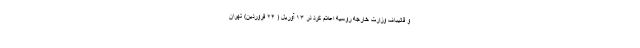
و قالیباف وزارت خارجه روسیه اعلام کرد در ۱۳ آوریل ( ۲۴ فروردین) تهران